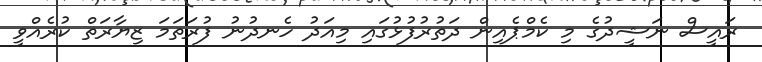
ރައީސް ނަޝީދުގެ މި ކެމްޕެއިން ދަތުރުފުޅުގައި މިއަދު ހެނދުނު ފުރަތަމަ ޒިޔާރަތް ކުރެއްވީ